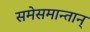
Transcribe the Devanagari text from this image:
समेसमान्तान्